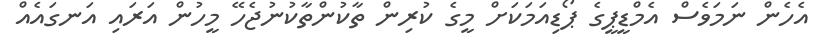
އެހެން ނަމަވެސް އެމްޑީޕީގެ ޕޯޑިއަމަކަށް މީގެ ކުރިން ތާކުންތާކުނުޖެހޭ މީހުން އަރައި އަނގައެއް